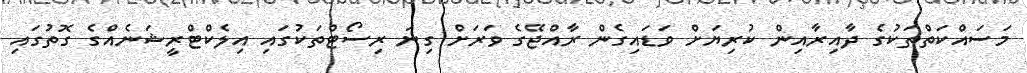
މަސައްކަތްތަކުގެ ދާއިރާއިން ކުރިޔަށް ވަޑައިގެން ރާއްޖޭގެ ވަރަށް ގިނަ ރިސޯޓްތަކުގައި އިލެކްޓްރީޝަނެއްގެ ގޮތުގައި